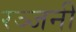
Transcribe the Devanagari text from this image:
रञ्जनी